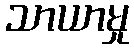
သာယာမှု